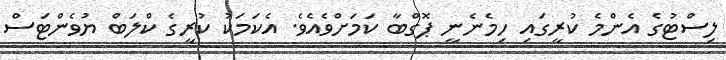
ލިސްޓުގެ އެންމެ ކުރީގައި ހިމެނެނީ ޕޮގްބާ ކަމަށްވެއެވެ. އެކަމަކު ކުރީގެ ކްލަބް ޔުވެންޓަސް